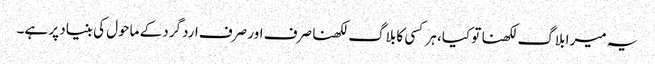
یہ میرا بلاگ لکھنا تو کیا، ہر کسی کا بلاگ لکھنا صرف اور صرف اردگرد کے ماحول کی بنیاد پر ہے۔